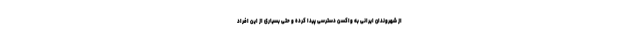
از شهروندان ایرانی به واکسن دسترسی پیدا کرده و حتی بسیاری از این افراد